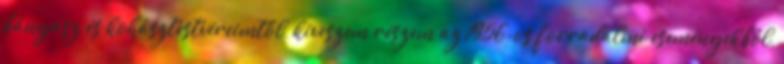
bányász és kohásztestvéreimtől, kiveszem részem az 1956-os forradalmi eseményekből,